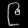
Digit: ၉